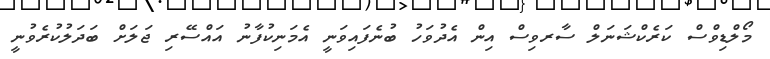
މޯލްޑިވްސް ކަރެކްޝަނަލް ސާރވިސް އިން އެދުވަހު ބުނެފައިވަނީ އެމަނިކުފާނު އައްސޭރި ޖަލަށް ބަދަލުކުރެވުނީ